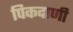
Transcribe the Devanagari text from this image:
पिकदाणी